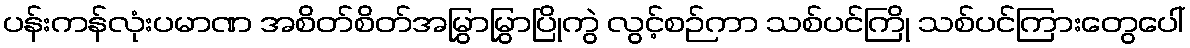
ပန်းကန်လုံးပမာဏ အစိတ်စိတ်အမြွှာမြွှာပြိုကွဲ လွင့်စဉ်ကာ သစ်ပင်ကြို သစ်ပင်ကြားတွေပေါ်